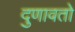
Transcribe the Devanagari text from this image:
दुणावतो